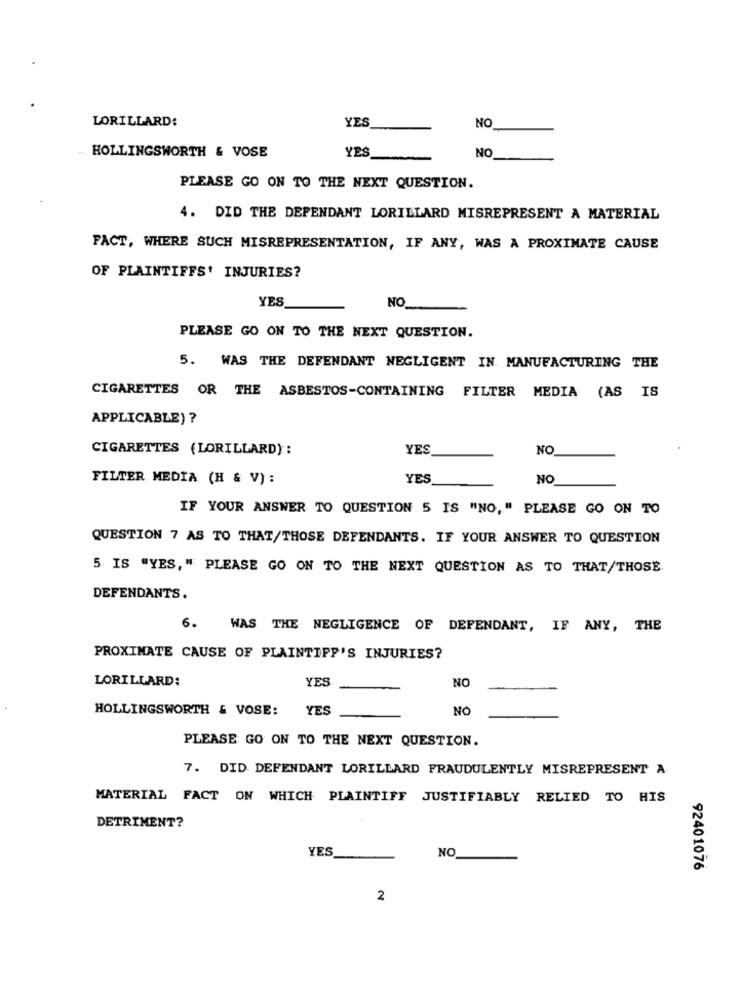
YES
LORILLARD:
NO
YES
NO
HOLLINGSWORTH & VOSE
PLEASE GO ON TO THE NEXT QUESTION.
4. DID THE DEFENDANT LORILLARD MISREPRESENT A MATERIAL
FACT, WHERE SUCH MISREPRESENTATION, IF ANY, WAS A PROXIMATE CAUSE
OF PLAINTIFFS' INJURIES?
YES
NO_
PLEASE GO ON TO THE NEXT QUESTION.
5. WAS THE DEFENDANT NEGLIGENT IN. MANUFACTURING THE
CIGARETTES OR THE ASBESTOS-CONTAINING FILTER MEDIA (AS IS
APPLICABLE) ?
CIGARETTES (LORILLARD) :
YES
NO
FILTER MEDIA (H & V) :
YES
NO
IF YOUR ANSWER TO QUESTION 5 IS "NO, " PLEASE GO ON TO
QUESTION 7 AS TO THAT/THOSE DEFENDANTS. IF YOUR ANSWER TO QUESTION
5 IS "YES," PLEASE GO ON TO THE NEXT QUESTION AS TO THAT/THOSE.
DEFENDANTS.
6. WAS THE NEGLIGENCE OF DEFENDANT, IF ANY, THE
PROXIMATE CAUSE OF PLAINTIFF'S INJURIES?
LORILLARD:
YES
NO
HOLLINGSWORTH & VOSE:
YES
NO
PLEASE GO ON TO THE NEXT QUESTION.
7. DID DEFENDANT LORILLARD FRAUDULENTLY MISREPRESENT A
MATERIAL FACT ON WHICH PLAINTIFF JUSTIFIABLY RELIED TO HIS
DETRIMENT?
YES
NO
92401076
2